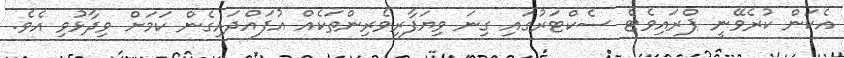
އެކަން ކުރެވޭނީ ޕްރައިވެޓް ސެކްޓަރުގައި ގިނަ ވިޔަފާރިވެރިންތަކެއް އުފައްދައިގެން ކަމަށް ވިދާޅުވި އެވެ.